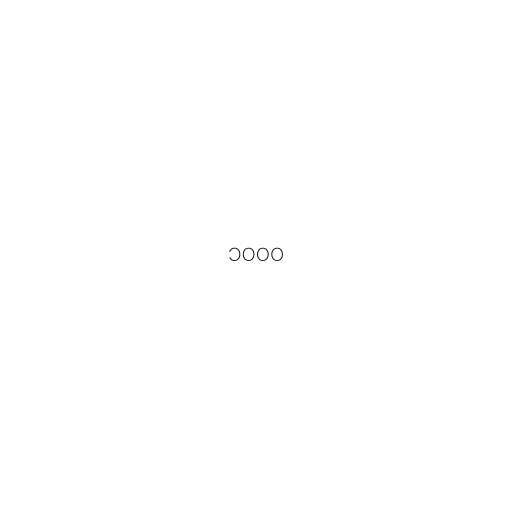
၁၀၀၀